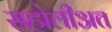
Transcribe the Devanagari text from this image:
सहोलीअत